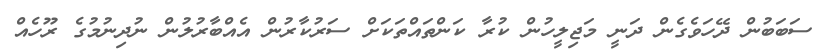
ސަބަބުން ދޭހަވެގެން ދަނީ މަޖިލީހުން ކުރާ ކަންތައްތަކަށް ސަރުކާރުން އެއްބާރުލުން ނުދިނުމުގެ ރޫހެއް